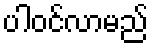
ပါဝင်လာမည်